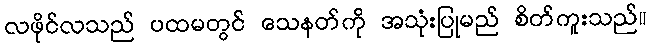
လဖိုင်လသည် ပထမတွင် သေနတ်ကို အသုံးပြုမည် စိတ်ကူးသည်။